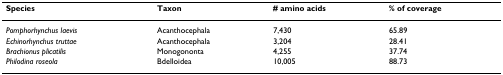
<table><thead><tr><td><b>Species</b></td><td><b>Taxon</b></td><td><b># amino acids</b></td><td><b>% of coverage</b></td></tr></thead><tbody><tr><td><i>Pomphorhynchus laevis</i></td><td>Acanthocephala</td><td>7,430</td><td>65.89</td></tr><tr><td><i>Echinorhynchus truttae</i></td><td>Acanthocephala</td><td>3,204</td><td>28.41</td></tr><tr><td><i>Brachionus plicatilis</i></td><td>Monogononta</td><td>4,255</td><td>37.74</td></tr><tr><td><i>Philodina roseola</i></td><td>Bdelloidea</td><td>10,005</td><td>88.73</td></tr></tbody></table>